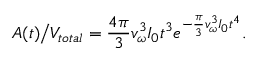
A ( t ) \big / V _ { t o t a l } = \frac { 4 \pi } { 3 } v _ { \omega } ^ { 3 } I _ { 0 } t ^ { 3 } e ^ { - \frac { \pi } { 3 } v _ { \omega } ^ { 3 } I _ { 0 } t ^ { 4 } } .